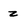
Character: 2